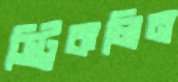
স্ট্রিকলিন